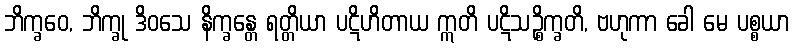
ဘိက္ခဝေ, ဘိက္ခု ဒိဝသေ နိက္ခန္တေ ရတ္တိယာ ပဋိဟိတာယ ဣတိ ပဋိသဉ္စိက္ခတိ, ဗဟုကာ ခေါ မေ ပစ္စယာ